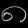
Digit: ၈